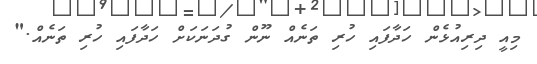
މިއީ ދިރިއުޅެން ހަދާފައި ހުރި ތަނެއް ނޫން ގުދަނަކަށް ހަދާފައި ހުރި ތަނެއް."